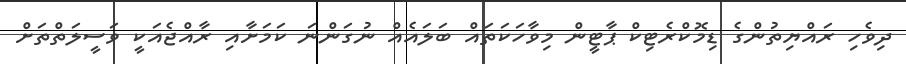
ދިވެހި ރައްޔިތުންގެ ޑިމޮކްރެޓިކް ޕާޓީން މިވާހަކަތައް ބަލައެއް ނުގަންނަ ކަމަށާއި ރާއްޖެއަކީ ވަސީލަތްތަށް